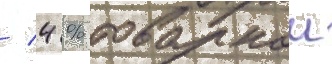
/ 4 % товарнои